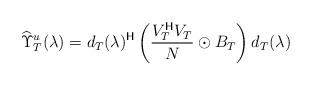
LaTeX: \begin{align*}\widehat \Upsilon_T^u(\lambda) &= d_T(\lambda)^{\sf H} \left( \frac{V_T^{\sf H}V_T}{N} \odot B_T \right) d_T(\lambda)\end{align*}